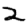
Digit: 2